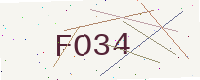
Text: FO34